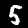
Digit: 5